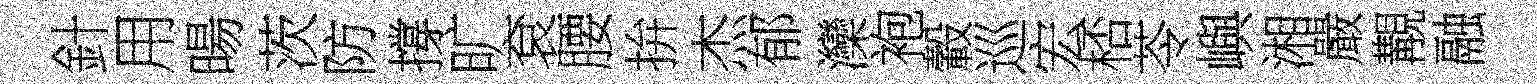
針用暘茨防撐旷袞腰拚杰郁灤袍轂巡宏桮苓嶼湘嚴覯融